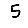
Digit: 5